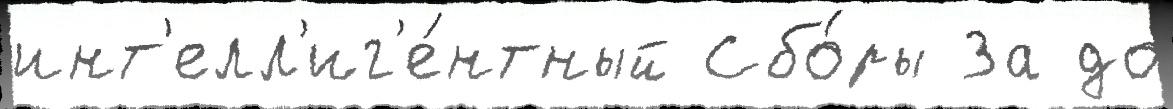
инт'елл'иг'е́нтный Сбо́ры За до